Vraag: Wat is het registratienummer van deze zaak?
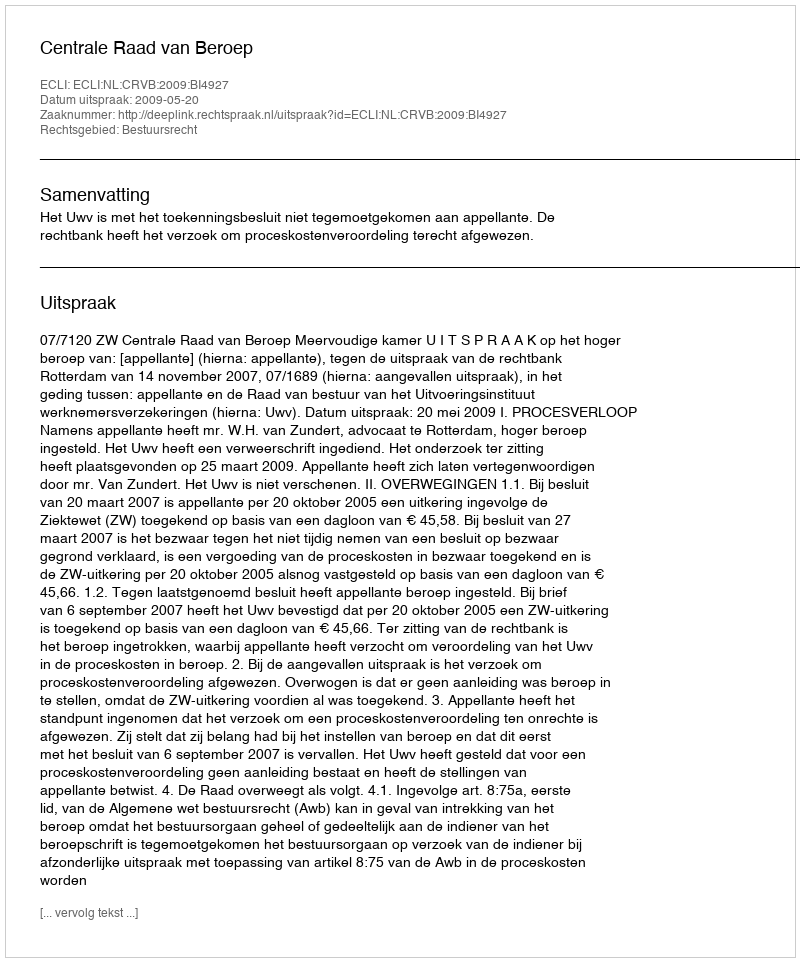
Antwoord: http://deeplink.rechtspraak.nl/uitspraak?id=ECLI:NL:CRVB:2009:BI4927